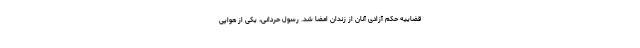
قضاییه حکم آزادی آنان از زندان امضا شد. رسول حردانی، یکی از هواپی